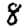
Digit: 8